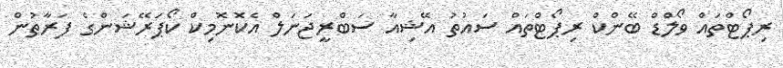
ރިޕޯޓްތައް ވޯލްޑް ބޭންކް ރިޕޯޓްތައް ސައުތު އޭޝިއާ ސަބްރީޖަނަލް އެކޮނޮމިކް ކޯޕަރޭޝަންގެ ފަރާތުން